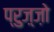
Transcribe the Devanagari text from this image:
प्रुज़्ज़ो